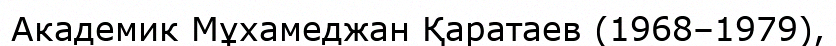
Академик Мұхамеджан Қаратаев (1968–1979),